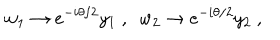
w _ { 1 } \to e ^ { - i \theta / 2 } y _ { 1 } ~ , ~ ~ w _ { 2 } \to e ^ { - i \theta / 2 } y _ { 2 } ~ ,